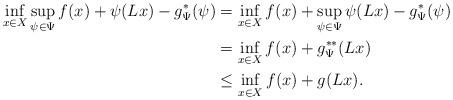
LaTeX: \begin{align*}\inf_{x\in X}\sup_{\psi\in\Psi} f(x) + \psi(Lx) -g^*_\Psi (\psi) & = \inf_{x\in X} f(x) + \sup_{\psi\in\Psi} \psi(Lx) - g^*_\Psi (\psi) \\& = \inf_{x\in X} f(x) + g^{**}_\Psi (Lx) \\& \leq \inf_{x\in X} f(x) + g (Lx).\end{align*}